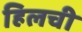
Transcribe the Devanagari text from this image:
हिलची